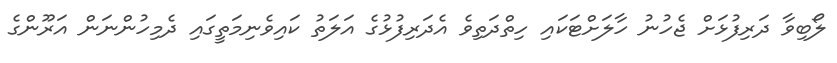
ލޯބިވާ ދަރިފުޅަށް ޖެހުނު ހާލަށްޓަކައި ހިތްދަތިވެ އެދަރިފުޅުގެ އަލަތު ކައިވެނިމަތީގައި ދެމިހުންނަން އަރޫންގެ